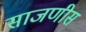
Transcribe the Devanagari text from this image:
साजणीस